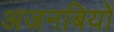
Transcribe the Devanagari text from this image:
अजनबियों